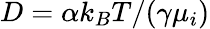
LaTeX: D=\alpha{k_{B}T}/{(\gamma\mu_{i})}